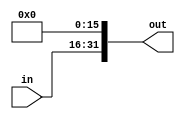
`timescale 1ns / 1ps
//////////////////////////////////////////////////////////////////////////////////
// Company: 
// Engineer: 
// 
// Design Name: 
// Module Name: SHL16
// Project Name: 
// Target Devices: 
// Tool Versions: 
// Description: 
// 
// Dependencies: 
// 
// Revision:
// Revision 0.01 - File Created
// Additional Comments:
// 
//////////////////////////////////////////////////////////////////////////////////


module SHL16(
    in,out
    );
    input [15:0] in;
    output [31:0] out;
    assign out={in[15:0],16'b0};
endmodule